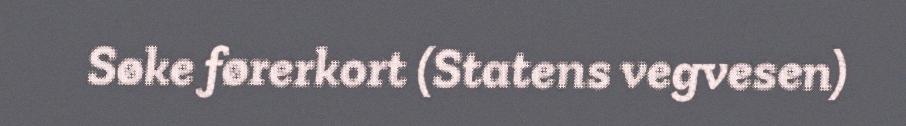
Søke førerkort (Statens vegvesen)